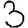
Digit: 3